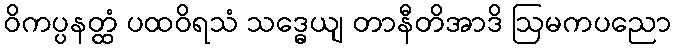
ဝိကပ္ပနတ္ထံ ပထဝိရသံ သဒ္ဓေယျ တာနီတိအာဒိ ဩမကပညော